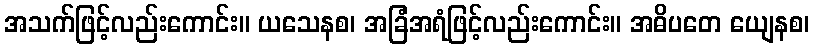
အသက်ဖြင့်လည်းကောင်း။ ယသေနစ၊ အခြံအရံဖြင့်လည်းကောင်း။ အဓိပတေ ယျေနစ၊